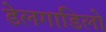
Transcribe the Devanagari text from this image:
डेलगाडिलो